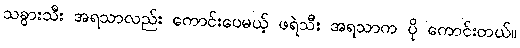
သခွားသီး အရသာလည်း ကောင်းပေမယ့် ဖရဲသီး အရသာက ပို ကောင်းတယ်။